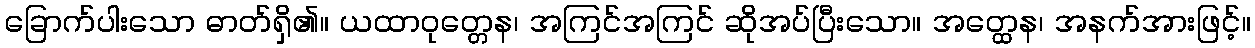
ခြောက်ပါးသော ဓာတ်ရှိ၏။ ယထာဝုတ္တေန၊ အကြင်အကြင် ဆိုအပ်ပြီးသော။ အတ္ထေန၊ အနက်အားဖြင့်။